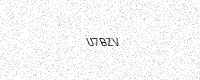
Text: U7BZV